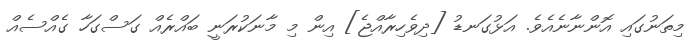
މިތަނުގައި އޮންނާނެއެވެ. އަޅުގަނޑު [ދިވެހިރާއްޖެ] އިން މި މާނަކުރަނީ ބައްރެއް ގަސްގަހާ ގެއްސެއް